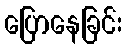
ပြောနေခြင်း